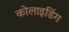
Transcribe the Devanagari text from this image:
कोलाइडिंग